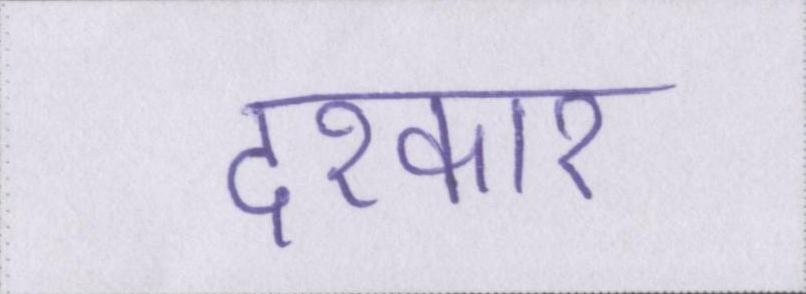
दरकार